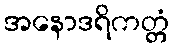
အနောဒရိကတ္တံ